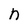
Character: n